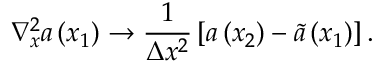
\nabla _ { x } ^ { 2 } a \left( x _ { 1 } \right) \rightarrow \frac { 1 } { \Delta x ^ { 2 } } \left[ a \left( x _ { 2 } \right) - \tilde { a } \left( x _ { 1 } \right) \right] .